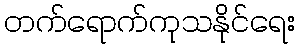
တက်ရောက်ကုသနိုင်ရေး